65_HS1-834228961_62-HQ-83894_Section_2
Agency: FBI
Page 89
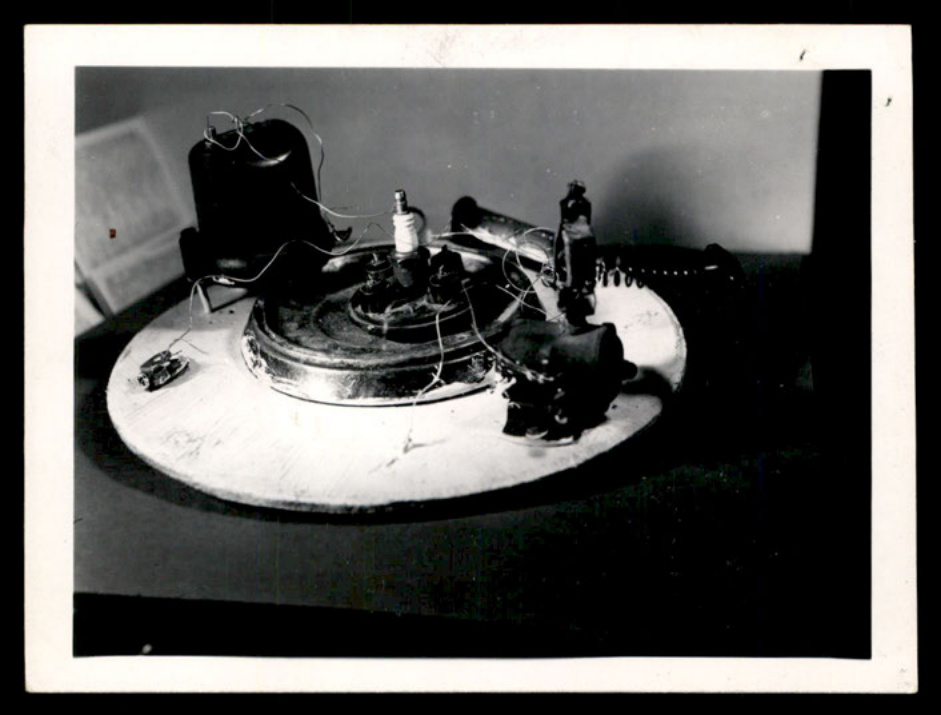